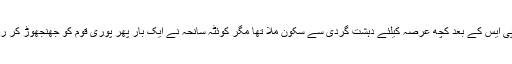
سانحہ اے پی ایس کے بعد کچھ عرصہ کیلئے دہشت گردی سے سکون ملا تھا مگر کوئٹہ سانحہ نے ایک بار پھر پوری قوم کو جھنجھوڑ کر رکھ دیا ہے ۔